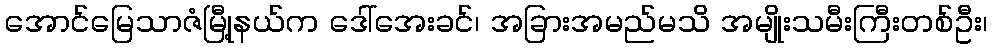
အောင်မြေသာဇံမြီု့နယ်က ဒေါ်အေးခင်၊ အခြားအမည်မသိ အမျိုးသမီးကြီးတစ်ဦး၊